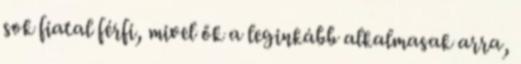
sok fiatal férfi, mivel ők a leginkább alkalmasak arra,